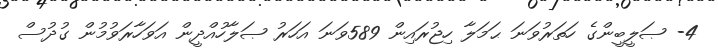
4- ޞަލީބީންގެ ހަތަރުވަނަ ޙަމަލާ ހިޖުރައިން 589ވަނަ އަހަރު ޞަލާހުއްދީން އަވަހާރަވުމުން ގުދުސް